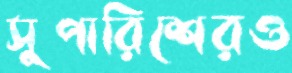
সুপারিশেরও